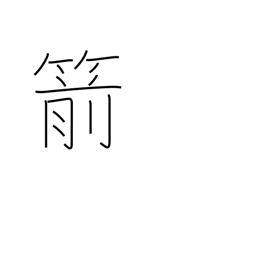
Meaning: arrow